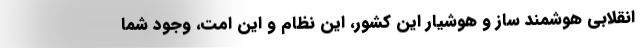
انقلابی هوشمند ساز و هوشیار این کشور، این نظام و این امت، وجود شما